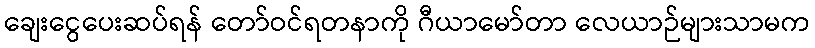
ချေးငွေပေးဆပ်ရန် တော်ဝင်ရတနာကို ဂီယာမော်တာ လေယာဉ်များသာမက